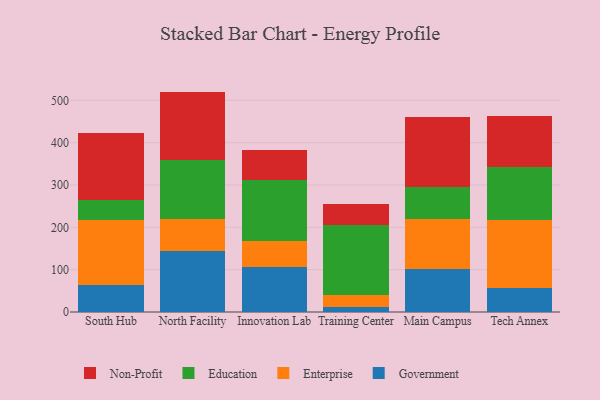
{"axis": {"x": "Campus", "y": "Backlog"}, "legend": ["Education", "Enterprise", "Government", "Non-Profit"], "data": [{"x": "South Hub", "y": 63.2, "type": "Government"}, {"x": "South Hub", "y": 153.1, "type": "Enterprise"}, {"x": "South Hub", "y": 48.1, "type": "Education"}, {"x": "South Hub", "y": 158.7, "type": "Non-Profit"}, {"x": "North Facility", "y": 145.1, "type": "Government"}, {"x": "North Facility", "y": 75.0, "type": "Enterprise"}, {"x": "North Facility", "y": 139.0, "type": "Education"}, {"x": "North Facility", "y": 161.5, "type": "Non-Profit"}, {"x": "Innovation Lab", "y": 106.4, "type": "Government"}, {"x": "Innovation Lab", "y": 60.3, "type": "Enterprise"}, {"x": "Innovation Lab", "y": 146.0, "type": "Education"}, {"x": "Innovation Lab", "y": 69.6, "type": "Non-Profit"}, {"x": "Training Center", "y": 12.4, "type": "Government"}, {"x": "Training Center", "y": 27.8, "type": "Enterprise"}, {"x": "Training Center", "y": 165.2, "type": "Education"}, {"x": "Training Center", "y": 50.2, "type": "Non-Profit"}, {"x": "Main Campus", "y": 101.2, "type": "Government"}, {"x": "Main Campus", "y": 118.9, "type": "Enterprise"}, {"x": "Main Campus", "y": 74.1, "type": "Education"}, {"x": "Main Campus", "y": 165.3, "type": "Non-Profit"}, {"x": "Tech Annex", "y": 57.1, "type": "Government"}, {"x": "Tech Annex", "y": 161.2, "type": "Enterprise"}, {"x": "Tech Annex", "y": 125.2, "type": "Education"}, {"x": "Tech Annex", "y": 119.9, "type": "Non-Profit"}]}